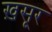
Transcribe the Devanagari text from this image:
ख़सूर